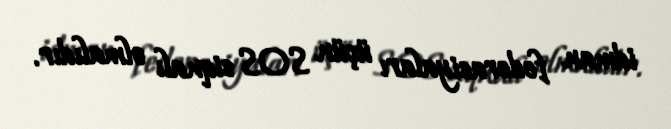
idman federasiyaları üçün SOS siqnalı olmalıdır.